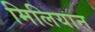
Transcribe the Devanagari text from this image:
मिलियान